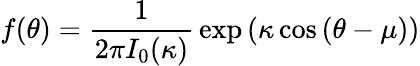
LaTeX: f(\theta)={\frac{1}{2\pi I_{0}(\kappa)}}\exp{(\kappa\cos{(\theta-\mu)})}